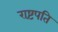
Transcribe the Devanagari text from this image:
राष्टंपति